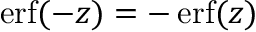
\operatorname { e r f } ( - z ) = - \operatorname { e r f } ( z )